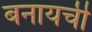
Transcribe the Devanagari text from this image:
बनायची